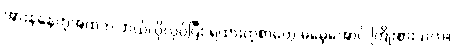
အားနဲနေတဲ့အထဲက ဘယ်လိုလုပ်ပြီး ရထားတဲ့စာတွေ မမေ့အောင် ကြိုးစားသလဲ။